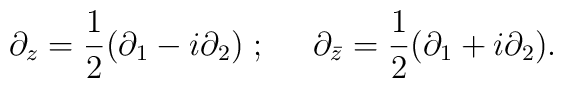
\partial_z=\frac{1}{2}(\partial_1-i\partial_2) \; ; \;\;\;\;\;	\partial_{\bar z}=\frac{1}{2}(\partial_1+i\partial_2).